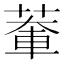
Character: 𫈹